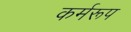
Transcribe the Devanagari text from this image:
कर्मरूप